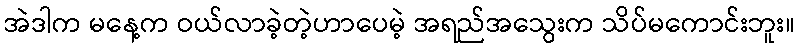
အဲဒါက မနေ့က ဝယ်လာခဲ့တဲ့ဟာပေမဲ့ အရည်အသွေးက သိပ်မကောင်းဘူး။